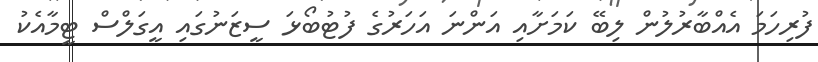
ފުރިހަމަ އެއްބާރުލުން ލިބޭ ކަމަށާއި އަންނަ އަހަރުގެ ފުޓުބޯޅަ ސީޒަނުގައި އީގަލްސް ޓީމާއެކު